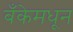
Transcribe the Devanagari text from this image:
बँकेमधून